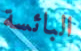
البائسة